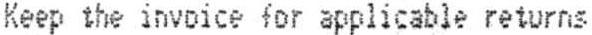
KEEP THE INVOICE FOR APPLICABLE RETURNS